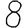
Digit: 8